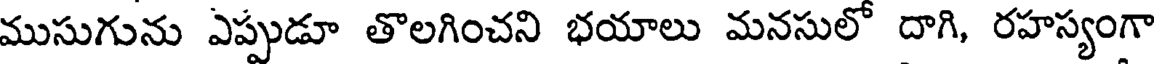
ముసుగును ఎప్పుడూ తొలగించని భయాలు మనసులో దాగి, రహస్యంగా